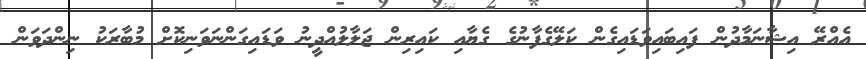
އެއްރޭ އިޝާނަމާދުން ފައިބައިވަޑައިގެން ކަލޭގެފާނުގެ ގެޔާއި ކައިރިން ޖަލާލުއްދީނު ވަޑައިގަންނަވަނިކޮށް މުބާރަކު ނިންދަވަން